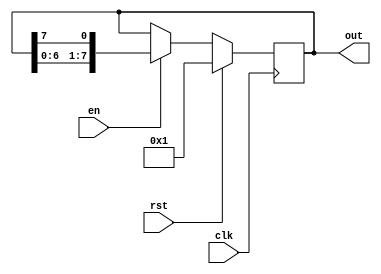
module onehot (out,en,clk, rst);
output [7:0] out;
input en, clk, rst;
reg [7:0] out;  
always @ (posedge clk)
if (rst) begin
  out <= 8'b0000_0001 ;
end else if (en) begin
  out <= {out[6],out[5],out[4],out[3],
          out[2],out[1],out[0],out[7]};
       end
endmodule